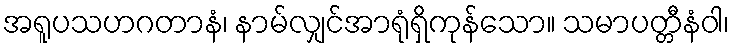
အရူပသဟဂတာနံ၊ နာမ်လျှင်အာရုံရှိကုန်သော။ သမာပတ္တီနံဝါ၊